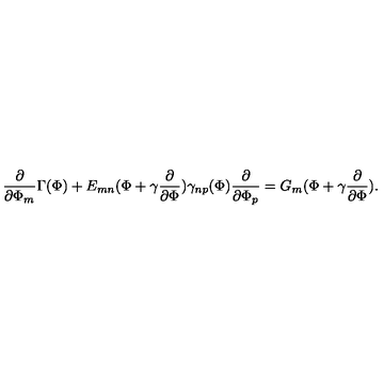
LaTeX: \frac { \partial } { \partial \Phi _ { m } } \Gamma ( \Phi ) + E _ { m n } ( \Phi + \gamma \frac { \partial } { \partial \Phi } ) \gamma _ { n p } ( \Phi ) \frac { \partial } { \partial \Phi _ { p } } = G _ { m } ( \Phi + \gamma \frac { \partial } { \partial \Phi } ) .